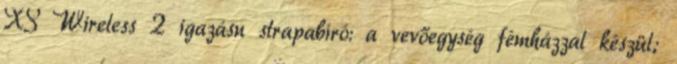
XS Wireless 2 igazásn strapabíró: a vevőegység fémházzal készül;